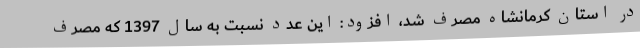
در استان کرمانشاه مصرف شد، افزود: این عدد نسبت به سال 1397 که مصرف